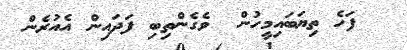
ފަހެ ތިޔަބައިމީހުން  ވެގެންތިބި ފަދައިން އެއުރެން